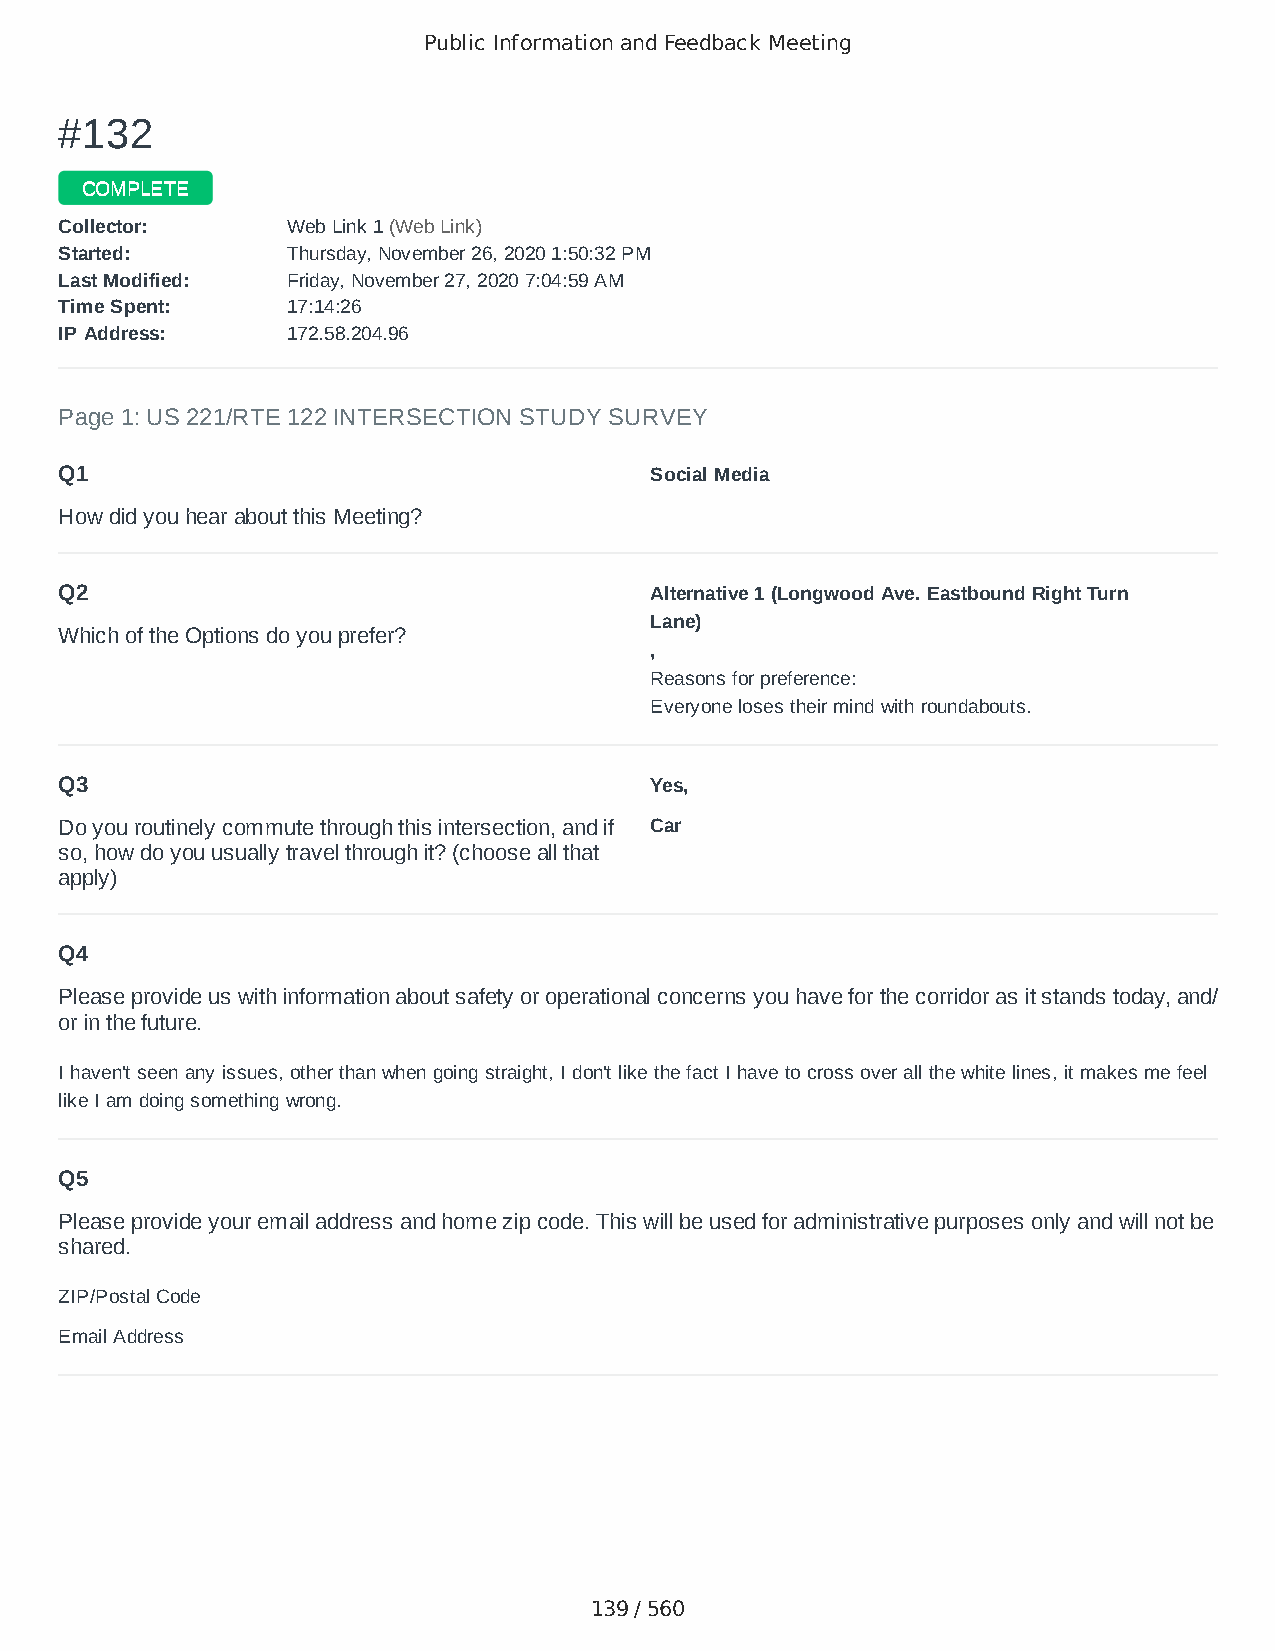
Public Information and Feedback Meeting
 ##113322
 CCOOMMPPLLEETTEE
 CCoolllleeccttoorr:: WWeebb LLiinnkk 11 ((WWeebb LLiinnkk))
 SSttaarrtteedd:: TThhuurrssddaayy,, NNoovveemmbbeerr 2266,, 22002200 11::5500::3322 PPMM
 LLaasstt MMooddiiffiieedd:: FFrriiddaayy,, NNoovveemmbbeerr 2277,, 22002200 77::0044::5599 AAMM
 TTiimmee SSppeenntt:: 1177::1144::2266
 IIPP AAddddrreessss:: 117722..5588..220044..9966
 Page 1: US 221/RTE 122 INTERSECTION STUDY SURVEY
 Q1                                     Social Media
 How did you hear about this Meeting?
 Q2                                     Alternative 1 (Longwood Ave. Eastbound Right Turn
 Lane)
 Which of the Options do you prefer?
 ,
 Reasons for preference:
 Everyone loses their mind with roundabouts.
 Q3                                     Yes,
 Do you routinely commute through this intersection, and if Car
 so, how do you usually travel through it? (choose all that
 apply)
 Q4
 Please provide us with information about safety or operational concerns you have for the corridor as it stands today, and/
 or in the future.
 I haven't seen any issues, other than when going straight, I don't like the fact I have to cross over all the white lines, it makes me feel
 like I am doing something wrong.
 Q5
 Please provide your email address and home zip code. This will be used for administrative purposes only and will not be
 shared.
 ZIP/Postal Code                        24523
 Email Address                          andreansoko@gmail.com
 139 / 560